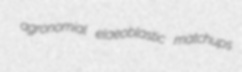
agronomial elaeoblastic matchups